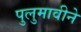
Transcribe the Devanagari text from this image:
पुलुमावीने